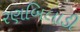
રણબિલાડી